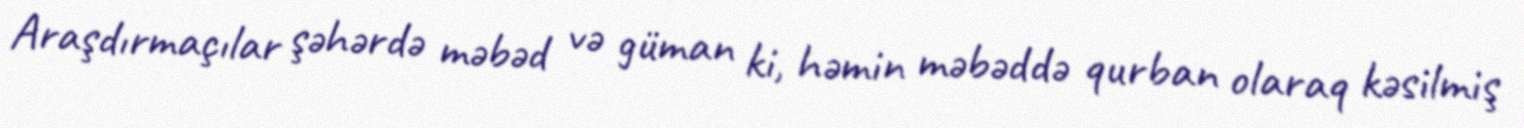
Araşdırmaçılar şəhərdə məbəd və güman ki, həmin məbəddə qurban olaraq kəsilmiş